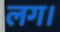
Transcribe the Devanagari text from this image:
लग।